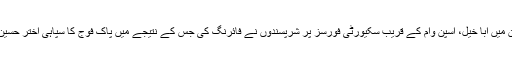
پاک فوج کے شعبہ تعلقات عامہ (آئی ایس پی آر) کے مطابق شمالی وزیرستان میں ابا خیل، اسپن وام کے قریب سکیورٹی فورسز پر شرپسندوں نے فائرنگ کی جس کے نتیجے میں پاک فوج کا سپاہی اختر حسین شہید ہوگیا جب کہ فورسز کی جوابی کارروائی میں دو شرپسند ہلاک ہوگئے۔